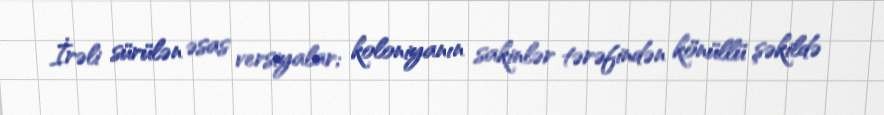
İrəli sürülən əsas versiyalar; koloniyanın sakinlər tərəfindən könüllü şəkildə